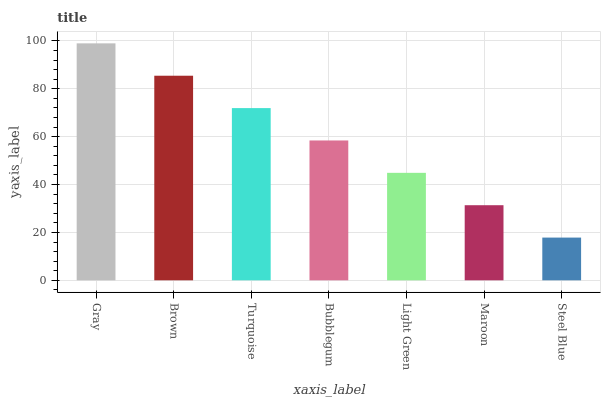
| xaxis_label | bars |
 | --- | --- |
 | Gray | 99 |
 | Brown | 85.5 |
 | Turquoise | 72 |
 | Bubblegum | 58.4 |
 | Light Green | 44.9 |
 | Maroon | 31.4 |
 | Steel Blue | 17.9 |